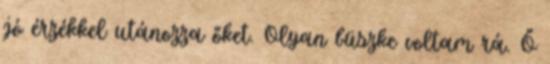
jó érzékkel utánozza őket. Olyan büszke voltam rá. Ő